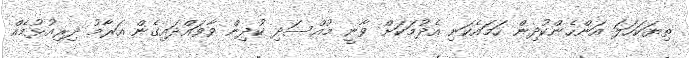
ތިޔަކަހަލަ އަންހެންކުދިން ހަމައެކަނި އެދުމަކަށް ވާނީ މުއްސަދި ކުދިން ވާވައްދައިގެން އަރާމު ދިރިއުޅުމެއް